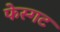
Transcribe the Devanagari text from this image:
फेस्गट